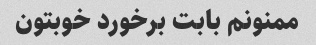
ممنونم بابت برخورد خوبتون